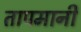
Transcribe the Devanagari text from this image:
तापमानी